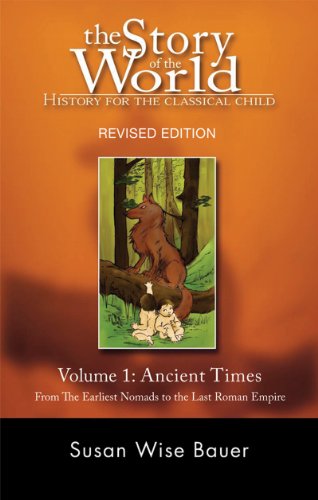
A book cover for The Story of the World: History for the Classical Child: Volume 1: Ancient Times: From the Earliest Nomads to the Last Roman Emperor, Revised Edition; Susan Wise Bauer; Education & Teaching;